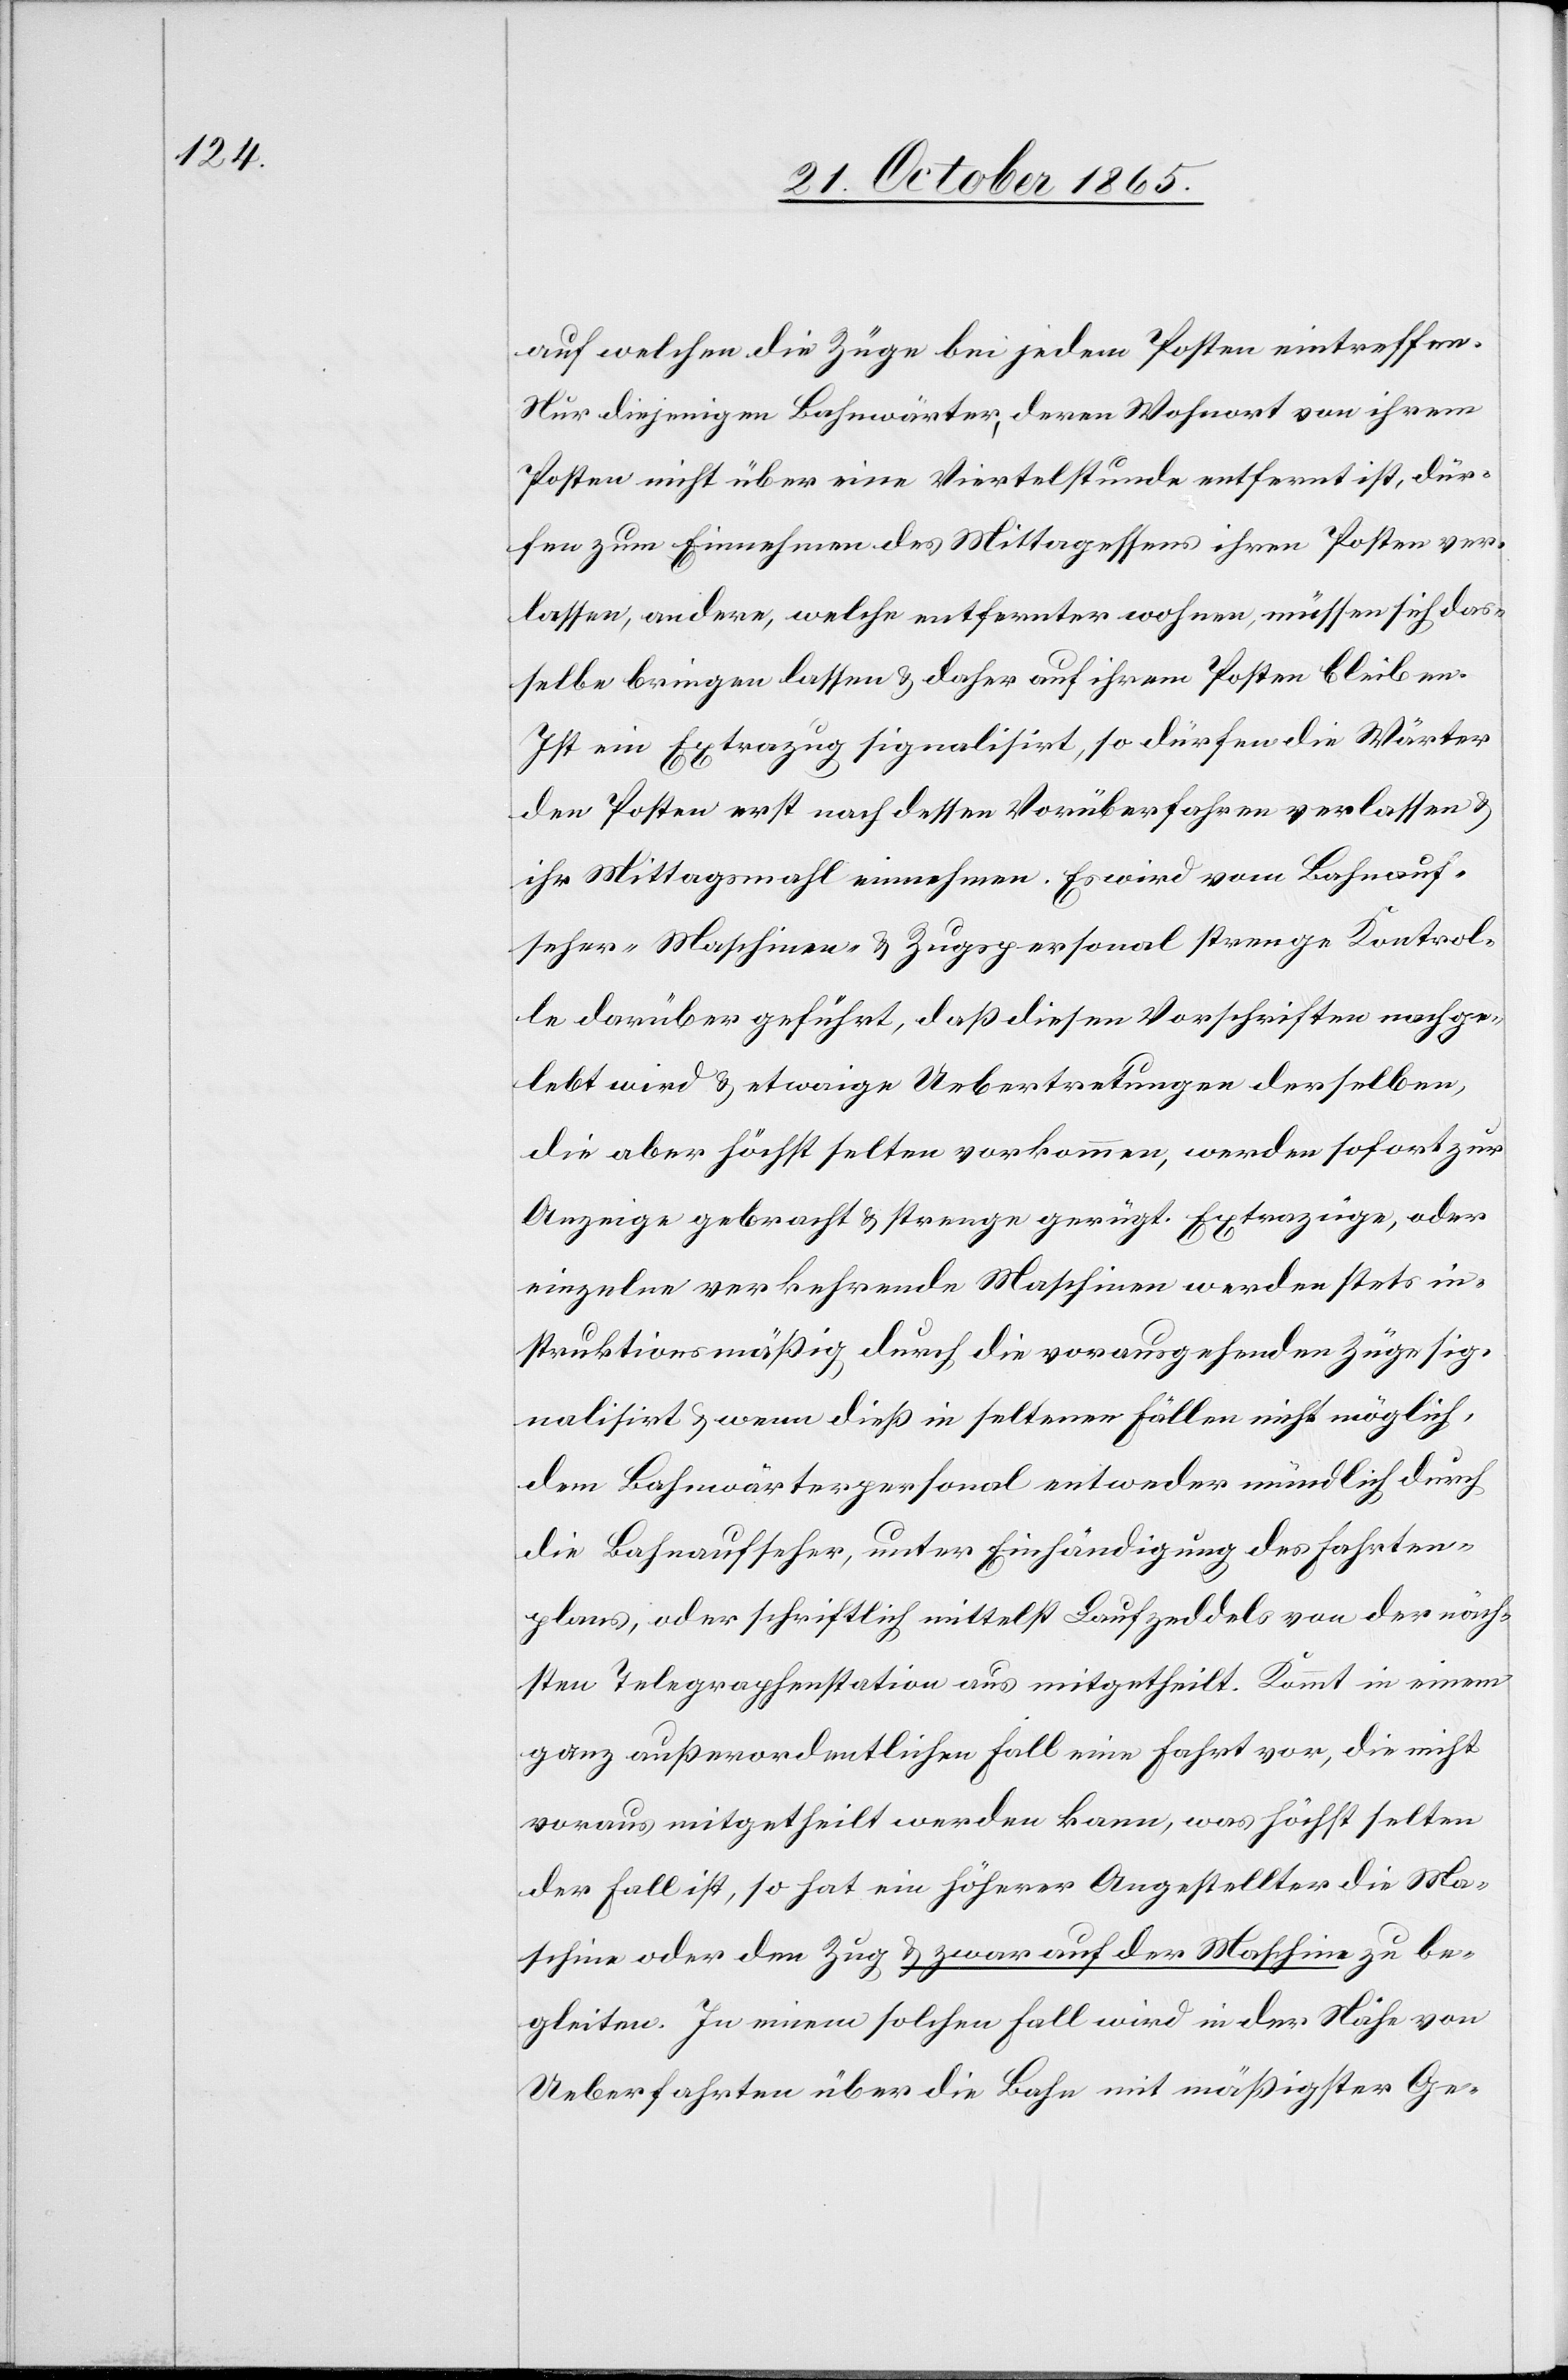
auf welchen die Züge bei jedem Posten eintreffen.
Nur diejenigen Bahnwärter, deren Wohnort von ihrem
Posten nicht über eine Viertelstunde entfernt ist, dür¬
fen zum Einnehmen des Mittagessens ihren Posten ver¬
lassen, andere, welche entfernter wohnen, müssen sich das¬
selbe bringen lassen & daher auf ihrem Posten bleiben.
Ist ein Extrazug signalisirt, so dürfen die Wärter
den Posten erst nach dessen Vorüberfahren verlassen &
ihr Mittagsmahl einnehmen. Es wird von Bahnauf¬
seher-[,] Maschinen- & Zugspersonal strenge Kontrol¬
le darüber geführt, daß diesen Vorschriften nachge¬
lebt wird & etwaige Uebertretungen derselben,
die aber höchst selten vorkommen, werden sofort zur
Anzeige gebracht & strenge gerügt. Extrazüge, oder
einzelne verkehrende Maschinen werden stets in¬
struktionsmäßig durch die vorausgehenden Züge sig¬
nalisirt & wenn dieß in seltenen Fällen nicht möglich,
dem Bahnwärterpersonal entweder mündlich durch
die Bahnaufseher, unter Einhändigung des Fahrten¬
plans, oder schriftlich mittelst Laufzeddels von der näch¬
sten Telegraphenstation aus mitgetheilt. Kommt in einem
ganz außerordentlichen Fall eine Fahrt vor, die nicht
voraus mitgetheilt werden kann, was höchst selten
der Fall ist, so hat ein höherer Angestellter die Ma¬
schine oder den Zug & zwar auf der Maschine zu be¬
gleiten. In einem solchen Fall wird in der Nähe von
Ueberfahrten über die Bahn mit mäßigster Ge-